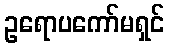
ဥရောပကော်မရှင်